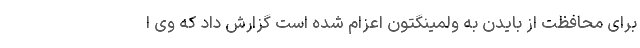
برای محافظت از بایدن به ولمینگتون اعزام شده است گزارش داد که وی ا